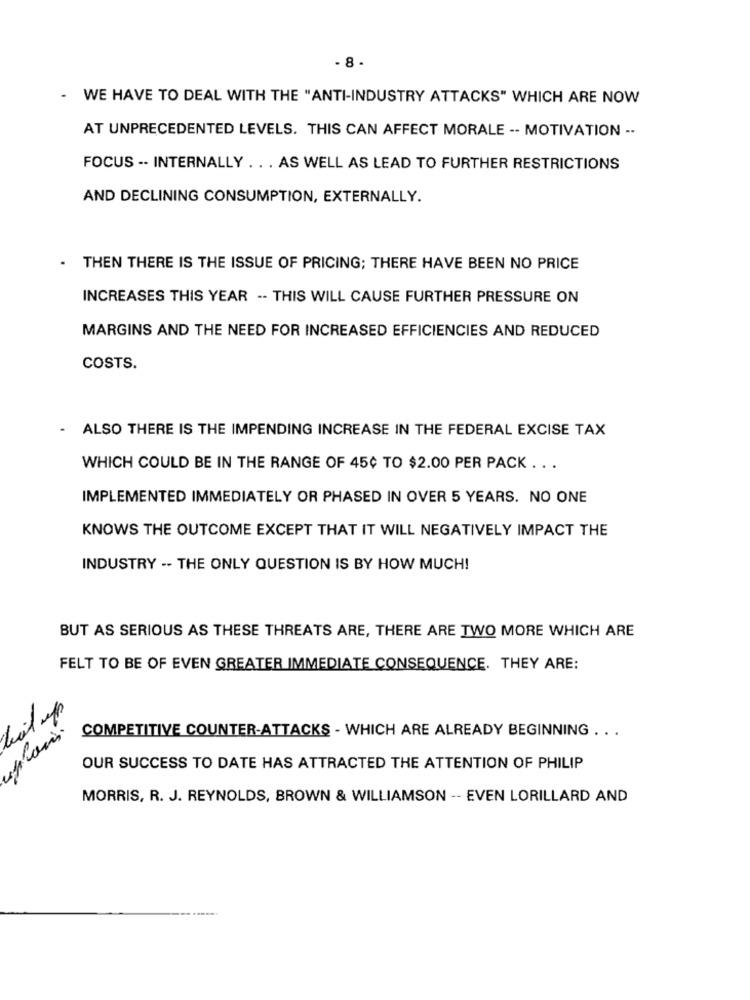
- 8 -
-
WE HAVE TO DEAL WITH THE "ANTI-INDUSTRY ATTACKS" WHICH ARE NOW
AT UNPRECEDENTED LEVELS. THIS CAN AFFECT MORALE -- MOTIVATION --
FOCUS -- INTERNALLY . . . AS WELL AS LEAD TO FURTHER RESTRICTIONS
AND DECLINING CONSUMPTION, EXTERNALLY.
THEN THERE IS THE ISSUE OF PRICING; THERE HAVE BEEN NO PRICE
INCREASES THIS YEAR -- THIS WILL CAUSE FURTHER PRESSURE ON
MARGINS AND THE NEED FOR INCREASED EFFICIENCIES AND REDUCED
COSTS.
- ALSO THERE IS THE IMPENDING INCREASE IN THE FEDERAL EXCISE TAX
WHICH COULD BE IN THE RANGE OF 45¢ TO $2.00 PER PACK ...
IMPLEMENTED IMMEDIATELY OR PHASED IN OVER 5 YEARS. NO ONE
KNOWS THE OUTCOME EXCEPT THAT IT WILL NEGATIVELY IMPACT THE
INDUSTRY -- THE ONLY QUESTION IS BY HOW MUCH!
BUT AS SERIOUS AS THESE THREATS ARE, THERE ARE TWO MORE WHICH ARE
FELT TO BE OF EVEN GREATER IMMEDIATE CONSEQUENCE. THEY ARE:
COMPETITIVE COUNTER-ATTACKS - WHICH ARE ALREADY BEGINNING ...
OUR SUCCESS TO DATE HAS ATTRACTED THE ATTENTION OF PHILIP
MORRIS, R. J. REYNOLDS, BROWN & WILLIAMSON -- EVEN LORILLARD AND